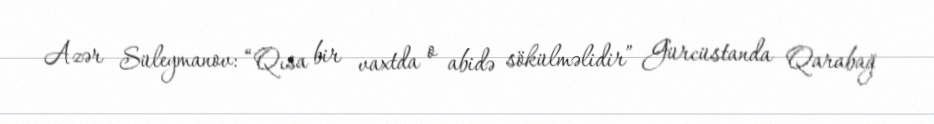
Azər Süleymanov: “Qısa bir vaxtda o abidə sökülməlidir” Gürcüstanda Qarabağ